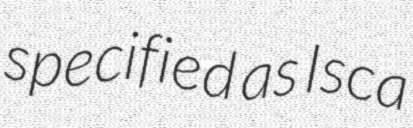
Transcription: specified as Isca